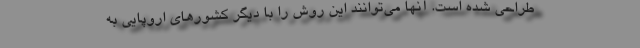
طراحی شده است. آنها می‌توانند این روش را با دیگر کشورهای اروپایی به